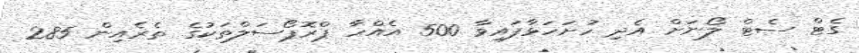
ގެޓް ސެޓް ލޯނަށް އެދި ހުށަހަޅާފައިވާ 500 އެއްހާ ޕްރޮޕޯސަލްތަކުގެ ތެރެއިން 285